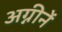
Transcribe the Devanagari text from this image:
अग्नीनें